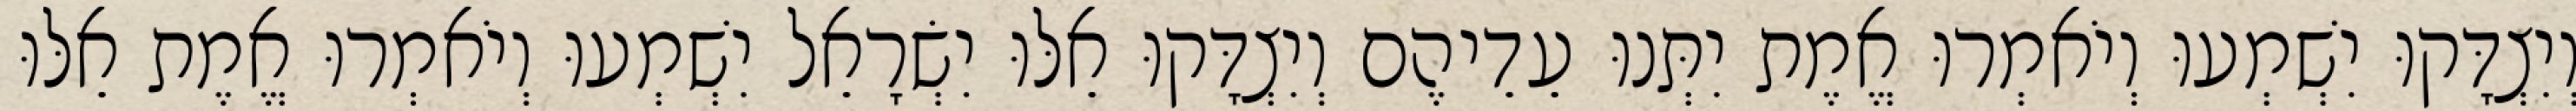
וְיִצְדָּקוּ יִשְׁמְעוּ וְיֹאמְרוּ אֱמֶת יִתְּנוּ עֵדֵיהֶם וְיִצְדָּקוּ אֵלּוּ יִשְׂרָאֵל יִשְׁמְעוּ וְיֹאמְרוּ אֱמֶת אֵלּוּ